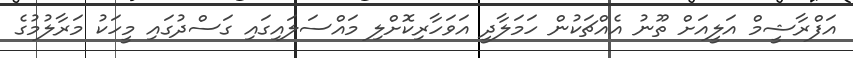
އަފްރާޝީމް އަލީއަށް ތޫނު އެއްޗަކުން ހަމަލާދީ އަވަހާރިކޮށްލި މައްސަލައިގައި ގަސްދުގައި މީހަކު މަރާލުމުގެ